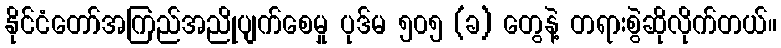
နိုင်ငံတော်အကြည်အညိုပျက်စေမှု ပုဒ်မ ၅၀၅ (ခ) တွေနဲ့ တရားစွဲဆိုလိုက်တယ်။